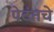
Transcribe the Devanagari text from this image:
पेटंतचे